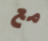
مع